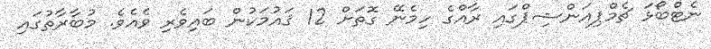
ނެޓްބޯޅަ ޗެމްޕިއަންޝިޕްގައި ރާއްގެ ހިމެނޭ ގޮތަށް 12 ޤައުމަކުން ބައިވެރި ވެއެވެ. މުބާރާތުގައި